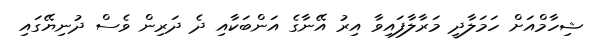
ޝިހާމްއަށް ހަމަލާދީ މަރާލާފައިވާ އިރު އޭނާގެ އަންބަކާއި ދެ ދަރިން ވެސް ދުނިޔޭގައި